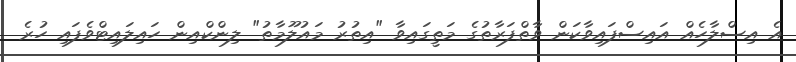
އެ އިސްލާހެއް އައިސްފައިވާކަން ވާތްފަރާތުގެ މަތީގައިވާ "އިތުރު މައުލޫމާތު" ލިންކްއިން ހައިލައިޓްވެފައި ހުރެ